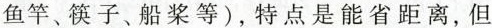
鱼竿、筷子、船桨等)，特点是能省距离，但